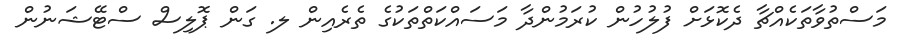
މަސްތުވާތަކެއްޗާ ދެކޮޅަށް ފުލުހުން ކުރަމުންދާ މަސައްކަތްތަކުގެ ތެރެއިން ލ. ގަން ޕޮލިސް ސްޓޭޝަނުން